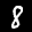
Label: 8